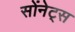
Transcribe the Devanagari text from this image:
सोंनेट्स